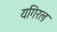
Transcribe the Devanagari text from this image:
यगिरल